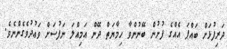
ދަރިފުޅަށް ބައްޕަ އެއްގެ ފުށުން ބޭނުންވާ ހިމާޔަތް ދޭން އަމިއްލަ ނަފުސަށް ވަޢުދުވެގެންނެވެ.